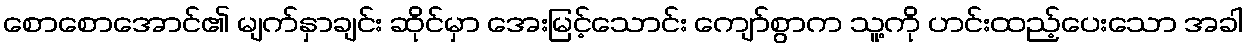
စောစောအောင်၏ မျက်နှာချင်း ဆိုင်မှာ အေးမြင့်သောင်း ကျော်စွာက သူ့ကို ဟင်းထည့်ပေးသော အခါ